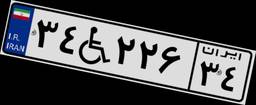
۳۴W۲۲۶۳۴